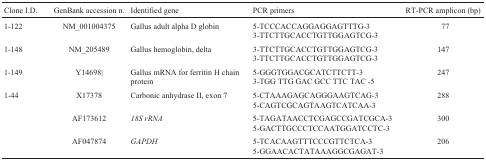
| Clone I.D. | GenBank accession n. | Identified gene | PCR primers | RT-PCR amplicon (bp) |
 | --- | --- | --- | --- | --- |
 | 1-122 | NM_001004375 | Gallus adult alpha D globin | 5-TCCCACCAGGAGGAGTTTG-33-TTCTTGCACCTGTTGGAGTCG-3 | 77 |
 | 1-148 | NM_205489 | Gallus hemoglobin, delta | 3-TTCTTGCACCTGTTGGAGTCG-33-TTCTTGCACCTGTTGGAGTCG-3 | 147 |
 | 1-149 | Y14698| | Gallus mRNA for ferritin H chain protein | 5-GGGTGGACGCATCTTCTT-33-TGG TTG GAC GCC TTC TAC -5 | 247 |
 | 1-44 | X17378 | Carbonic anhydrase II, exon 7 | 5-CTAAAGAGCAGGGAAGTCAG-35-CAGTCGCAGTAAGTCATCAA-3 | 288 |
 |  | AF173612 | 18S rRNA | 5-TAGATAACCTCGAGCCGATCGCA-35-GACTTGCCCTCCAATGGATCCTC-3 | 300 |
 |  | AF047874 | GAPDH | 5-TCACAAGTTTCCCGTTCTCA-35-GGAACACTATAAAGGCGAGAT-3 | 206 |